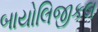
બાયોલિજીકલ